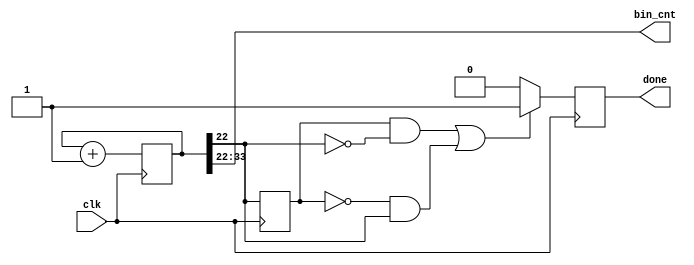
`timescale 1ns / 1ps
//////////////////////////////////////////////////////////////////////////////////
// Company: 
// Engineer: 
// 
// Design Name: 
// Module Name:    example_count 
// Project Name: 
// Target Devices: 
// Tool versions: 
// Description: 
//
// Dependencies: 
//
// Revision: 
// Revision 0.01 - File Created
// Additional Comments: 
//
//////////////////////////////////////////////////////////////////////////////////
module example_count(
	 input				clk,
	 output				done,
	 output	[11:0]	bin_cnt
    );

parameter c_reg_size = 34;

reg [c_reg_size - 1:0]	count = 0;
reg 							fin	= 0;
reg 							old_b	= 0;

always @(posedge clk)
	begin
	count <= count + 1;
	if((old_b && !count[c_reg_size - 12]) || (!old_b && count[c_reg_size - 12]))
		begin
		fin <= 1;
		end
	else
		begin
		fin <= 0;
		end
	old_b <= count[c_reg_size - 12];
	end
	

assign bin_cnt = count[c_reg_size - 1: c_reg_size - 12];
assign done		= fin;
endmodule